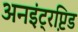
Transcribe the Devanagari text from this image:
अनइंट्रप्टि़ड